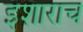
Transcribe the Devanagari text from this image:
इशाराच